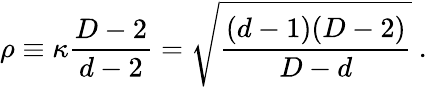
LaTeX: \rho\equiv\kappa{\frac{D-2}{d-2}}=\sqrt{\frac{(d-1)(D-2)}{D-d}}~.